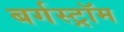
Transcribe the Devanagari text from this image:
बर्गस्ट्रॉम